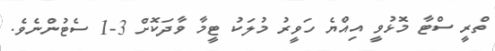
ތްރީ ސްޓާ މޮޅުވީ އިއްޔެ ހަވީރު މުލަކު ޓީމާ ވާދަކޮށް 3-1 ސެޓުންނެވެ.